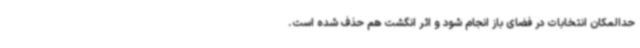
حدالمکان انتخابات در فضای باز انجام شود و اثر انگشت هم حذف شده است.